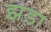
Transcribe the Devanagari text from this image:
झड़ा